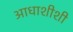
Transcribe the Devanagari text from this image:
आधाशीशी